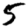
Digit: 5